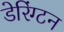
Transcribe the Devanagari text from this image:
डेरिंग्टन